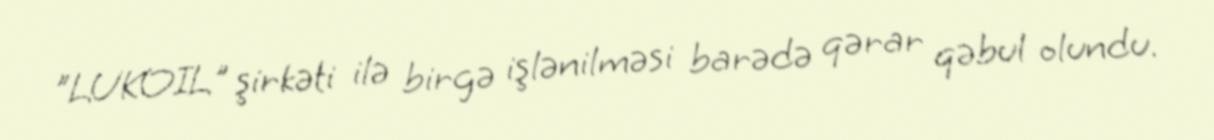
"LUKOIL" şirkəti ilə birgə işlənilməsi barədə qərar qəbul olundu.